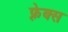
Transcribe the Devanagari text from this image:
फ़्रेक्स